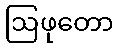
ဩဖုတော